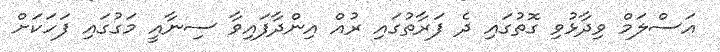
އަސްލަމް ވިދާޅުވި ގޮތުގައި ދެ ފަރާތުގައި ރުއް އިންދާފައިވާ ސިނާއީ މަގުގައި ފަހަކަށް